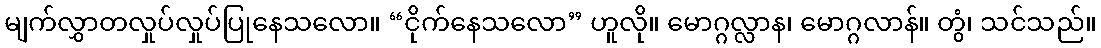
မျက်လွှာတလှုပ်လှုပ်ပြုနေသလော။ “ငိုက်နေသလော” ဟူလို။ မောဂ္ဂလ္လာန၊ မောဂ္ဂလာန်။ တွံ၊ သင်သည်။